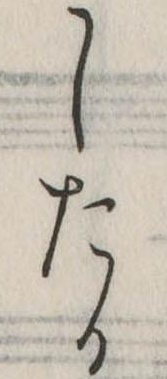
したる